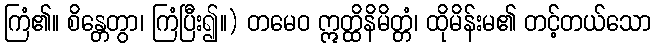
ကြံ၏။ စိန္တေတွာ၊ ကြံပြီး၍။) တမေဝ ဣတ္ထိနိမိတ္တံ၊ ထိုမိန်းမ၏ တင့်တယ်သော